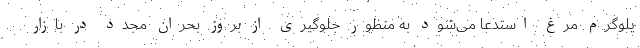
یلوگرم مرغ استدعا می‌شود به منظور جلوگیری از بروز بحران مجدد در بازار